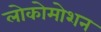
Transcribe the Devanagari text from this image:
लोकोमोशन